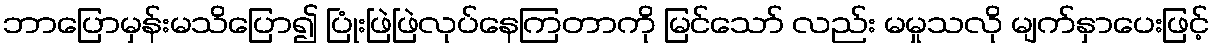
ဘာပြောမှန်းမသိပြော၍ ပြုံးဖြဲဖြဲလုပ်နေကြတာကို မြင်သော် လည်း မမှုသလို မျက်နှာပေးဖြင့်